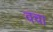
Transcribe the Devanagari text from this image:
वचा